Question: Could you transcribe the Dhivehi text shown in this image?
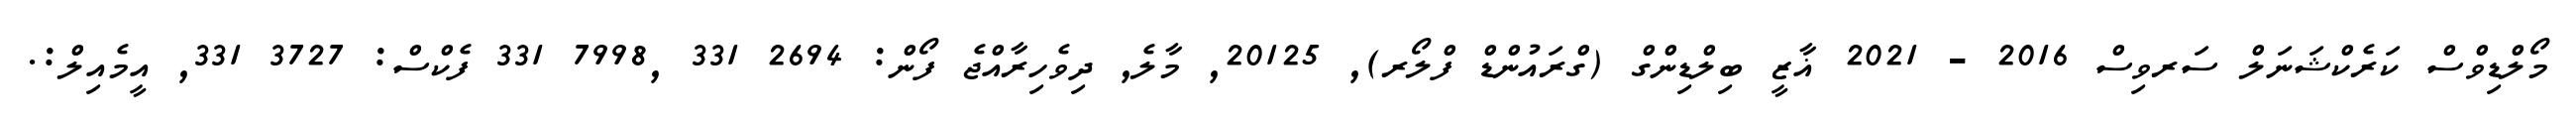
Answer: މޯލްޑިވްސް ކަރެކްޝަނަލް ސަރވިސް 2016 - 2021 ޣާޒީ ބިލްޑިންގް (ގްރައުންޑް ފްލޯރ), 20125, މާލެ, ދިވެހިރާއްޖެ ފޯން: 2694 331 ,7998 331 ފެކްސް: 3727 331, އީމެއިލް:.